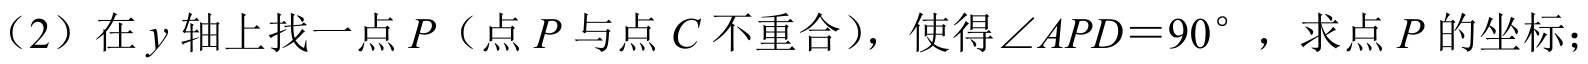
（2）在$y$轴上找一点$P$（点$P$与点$C$不重合），使得$\angle APD = 90^{\circ}$，求点$P$的坐标；